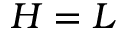
H = L